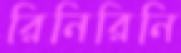
রিনিরিনি